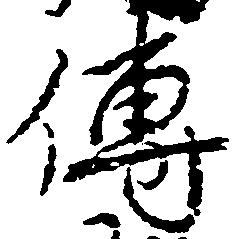
伝